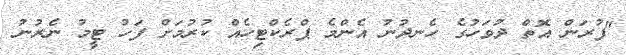
"ފުރަން އޮތް ދުވަހުގެ ހެނދުނު އެންމެ ޕްރެކްޓިހެއް ކުރުމަށް ފަހު ޓީމު ނެރުނު